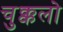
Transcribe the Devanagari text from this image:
चुक्कलो